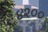
૪૨૦૦